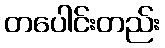
တပေါင်းတည်း